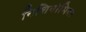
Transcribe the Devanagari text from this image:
निशिनोमिया